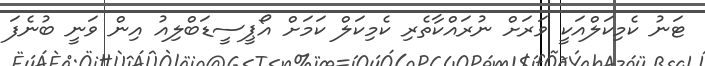
ޓަނު ކެމިކަލްއަކީ ވަރަށް ނުރައްކާތެރި ކެމިކަލް ކަމަށް އޯޕީސީޑަބްލިއު އިން ވަނީ ބުނެފަ